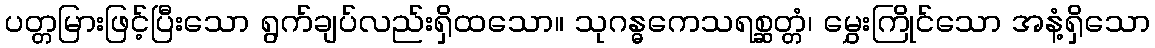
ပတ္တမြားဖြင့်ပြီးသော ရွက်ချပ်လည်းရှိထသော။ သုဂန္ဓကေသရစ္ဆတ္တံ၊ မွှေးကြိုင်သော အနံ့ရှိသော